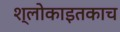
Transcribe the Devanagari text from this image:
श्लोकाइतकाच